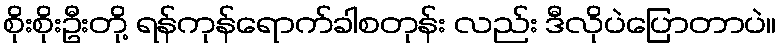
စိုးစိုးဦးတို့ ရန်ကုန်ရောက်ခါစတုန်း လည်း ဒီလိုပဲပြောတာပဲ။